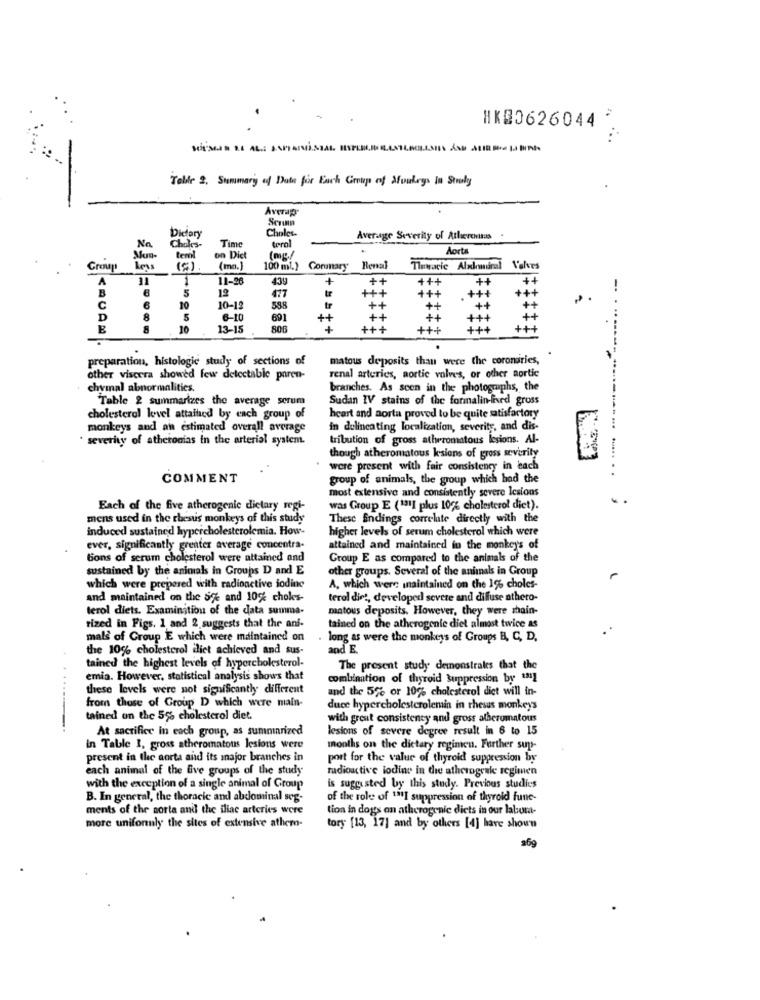
HK00626044
...
-
Tolle 2. Summary ed Date for Each Group of Monkeys In Straly
Averap
Serum
Choles.
No.
Dietary
Average Severity of Atlicremas
Choles-
Time
terol
Aorta
tenil
on Dict
Grong
(mo.)
100 ml.) Conunary Renal
Temacie Alulmiral
A
31
1
11-26
439
++
+++
++
++
5
12
+++
B
477
C
10
10-12
588
++
++
D
8
6-10
691
++
++
+++
8
10
13-15
806
+++
+++
+++
preparation, histologic study of sections of
matous deposits thau were the coronaries,
other viscera showed few detectable paren-
renal arteries, aortic valves, or other aortic
chymal abnormalities.
branches. As scen in the photographs, the
Table 2 summarizes the average serum
Sudan IV stains of the formalin-fixed gross
cholesterol level attained by each group of
heart and aorta proved to be quite satisfactory
monkeys and an estimated overall average
in delincating localization, severity, and dis-
severity of atheronas in the arterial system.
tribution of gross atheromatous lesions. Al-
though atheromatous lesions of gross severity
were present with fair consistency in each
COMMENT
group of animals, the group which had the
most extensive and consistently severe lesions
Each of the five atherogenic dietary regi-
was Group E (1311 plus 10% cholesterol diet).
mens used in the rhesus monkeys of this study
These findings correlate directly with the
induced sustained hypercholesterolemia. How-
higher levels of serum cholesterol which were
ever, significantly greater average concentra-
attained and maintained in the monkey's of
tons of serum cholesterol were attained and
Group E as compared to the animals of the
sustained by the animals in Groups D and E
other groups. Several of the animals in Group
which were prepared with radioactive iodine
A, which were inaintained on the 1% choles-
and maintained on the Se and 10% chokes-
terol diet, developed sevete and diffuse athero-
terol diets. Examination of the data summa-
matous deposits. However, they were shain-
rized in Figs. 1 and 2 suggests that the ani-
tained on the atherogonie diet almost twice as
mals of Group E which were maintained on
long as were the monkeys of Groups B, C, D,
the 10% cholesterol iliet achieved and sus-
and E
tained the highest levels of hypercholesterol-
The present study demonstrales that the
emia. However, statistical analysis shows that
combination of thyroid Suppression by 121
these levels were not significantly different
and the 5% or 10% cholesterol diet will in-
from those of Group D which were main-
duce hypercholesterolemin in thesus monkeys
tained on the 5% cholesterol diet.
with great consistency and gross atherumatous
.....---
At sacrifice in each group, as summarized
lesions of severe degree result in 6 to 15
in Table I, gross atheromatous lesions were
months on the dictary regimen. Further sup-
present in the aorta and its major branches in
port for the value of thyroid suppression by
each animal of the five groups of the study
radioactive lodine in the atherogenle regimen
with the exception of a single animal of Group
is suggested by this study. Previous studies
B. In general, the thoracic and abdominal seg-
of the role of 1811 suppression of thyroid fune-
ments of the sorta and the iliac arteries were
tion in dogs an atherogenic diets in our labora-
more uniformly the sites of extensive ather-
tory [13, 17] and by others [4] have shown
269